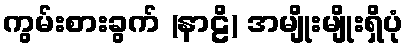
ကွမ်းစားခွက် (နာဠိ) အမျိုးမျိုးရှိပုံ